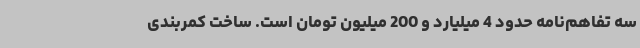
سه تفاهم‌نامه حدود 4 میلیارد و 200 میلیون تومان است. ساخت کمربندی